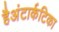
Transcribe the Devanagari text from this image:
हैअंटार्कटिका